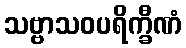
သဗ္ဗာသဝပရိက္ခီဏံ